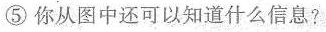
⑤你从图中还可以知道什么信息？